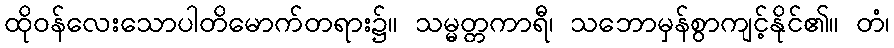
ထိုဝန်လေးသောပါတိမောက်တရား၌။ သမ္မတ္တကာရီ၊ သဘောမှန်စွာကျင့်နိုင်၏။ တံ၊